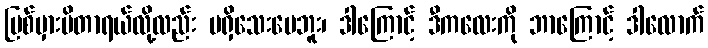
ပြစ်မှားမိတာရယ်လို့လည်း မရှိသေးပေဘူး၊ ဒါကြောင့် ဒီကလေးကို ဘာကြောင့် ဒါလောက်